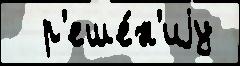
  р'еше́н'иjу